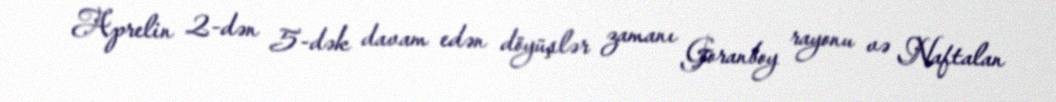
Aprelin 2-dən 5-dək davam edən döyüşlər zamanı Goranboy rayonu və Naftalan